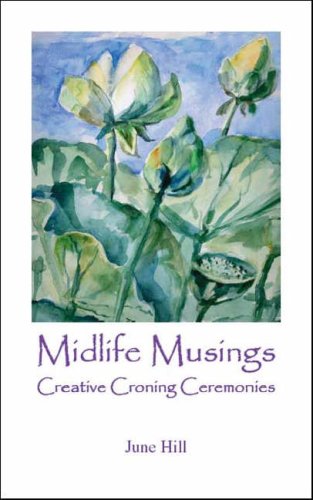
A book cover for Midlife Musings: Creative Croning Ceremonies; June Hill; Self-Help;